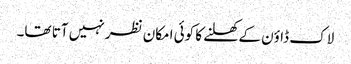
لاک ڈاؤن کے کھلنے کا کوئی امکان نظر نہیں آتا تھا۔